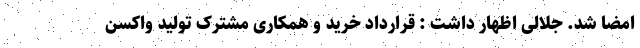
امضا شد. جلالی اظهار داشت : قرارداد خرید و همکاری مشترک تولید واکسن